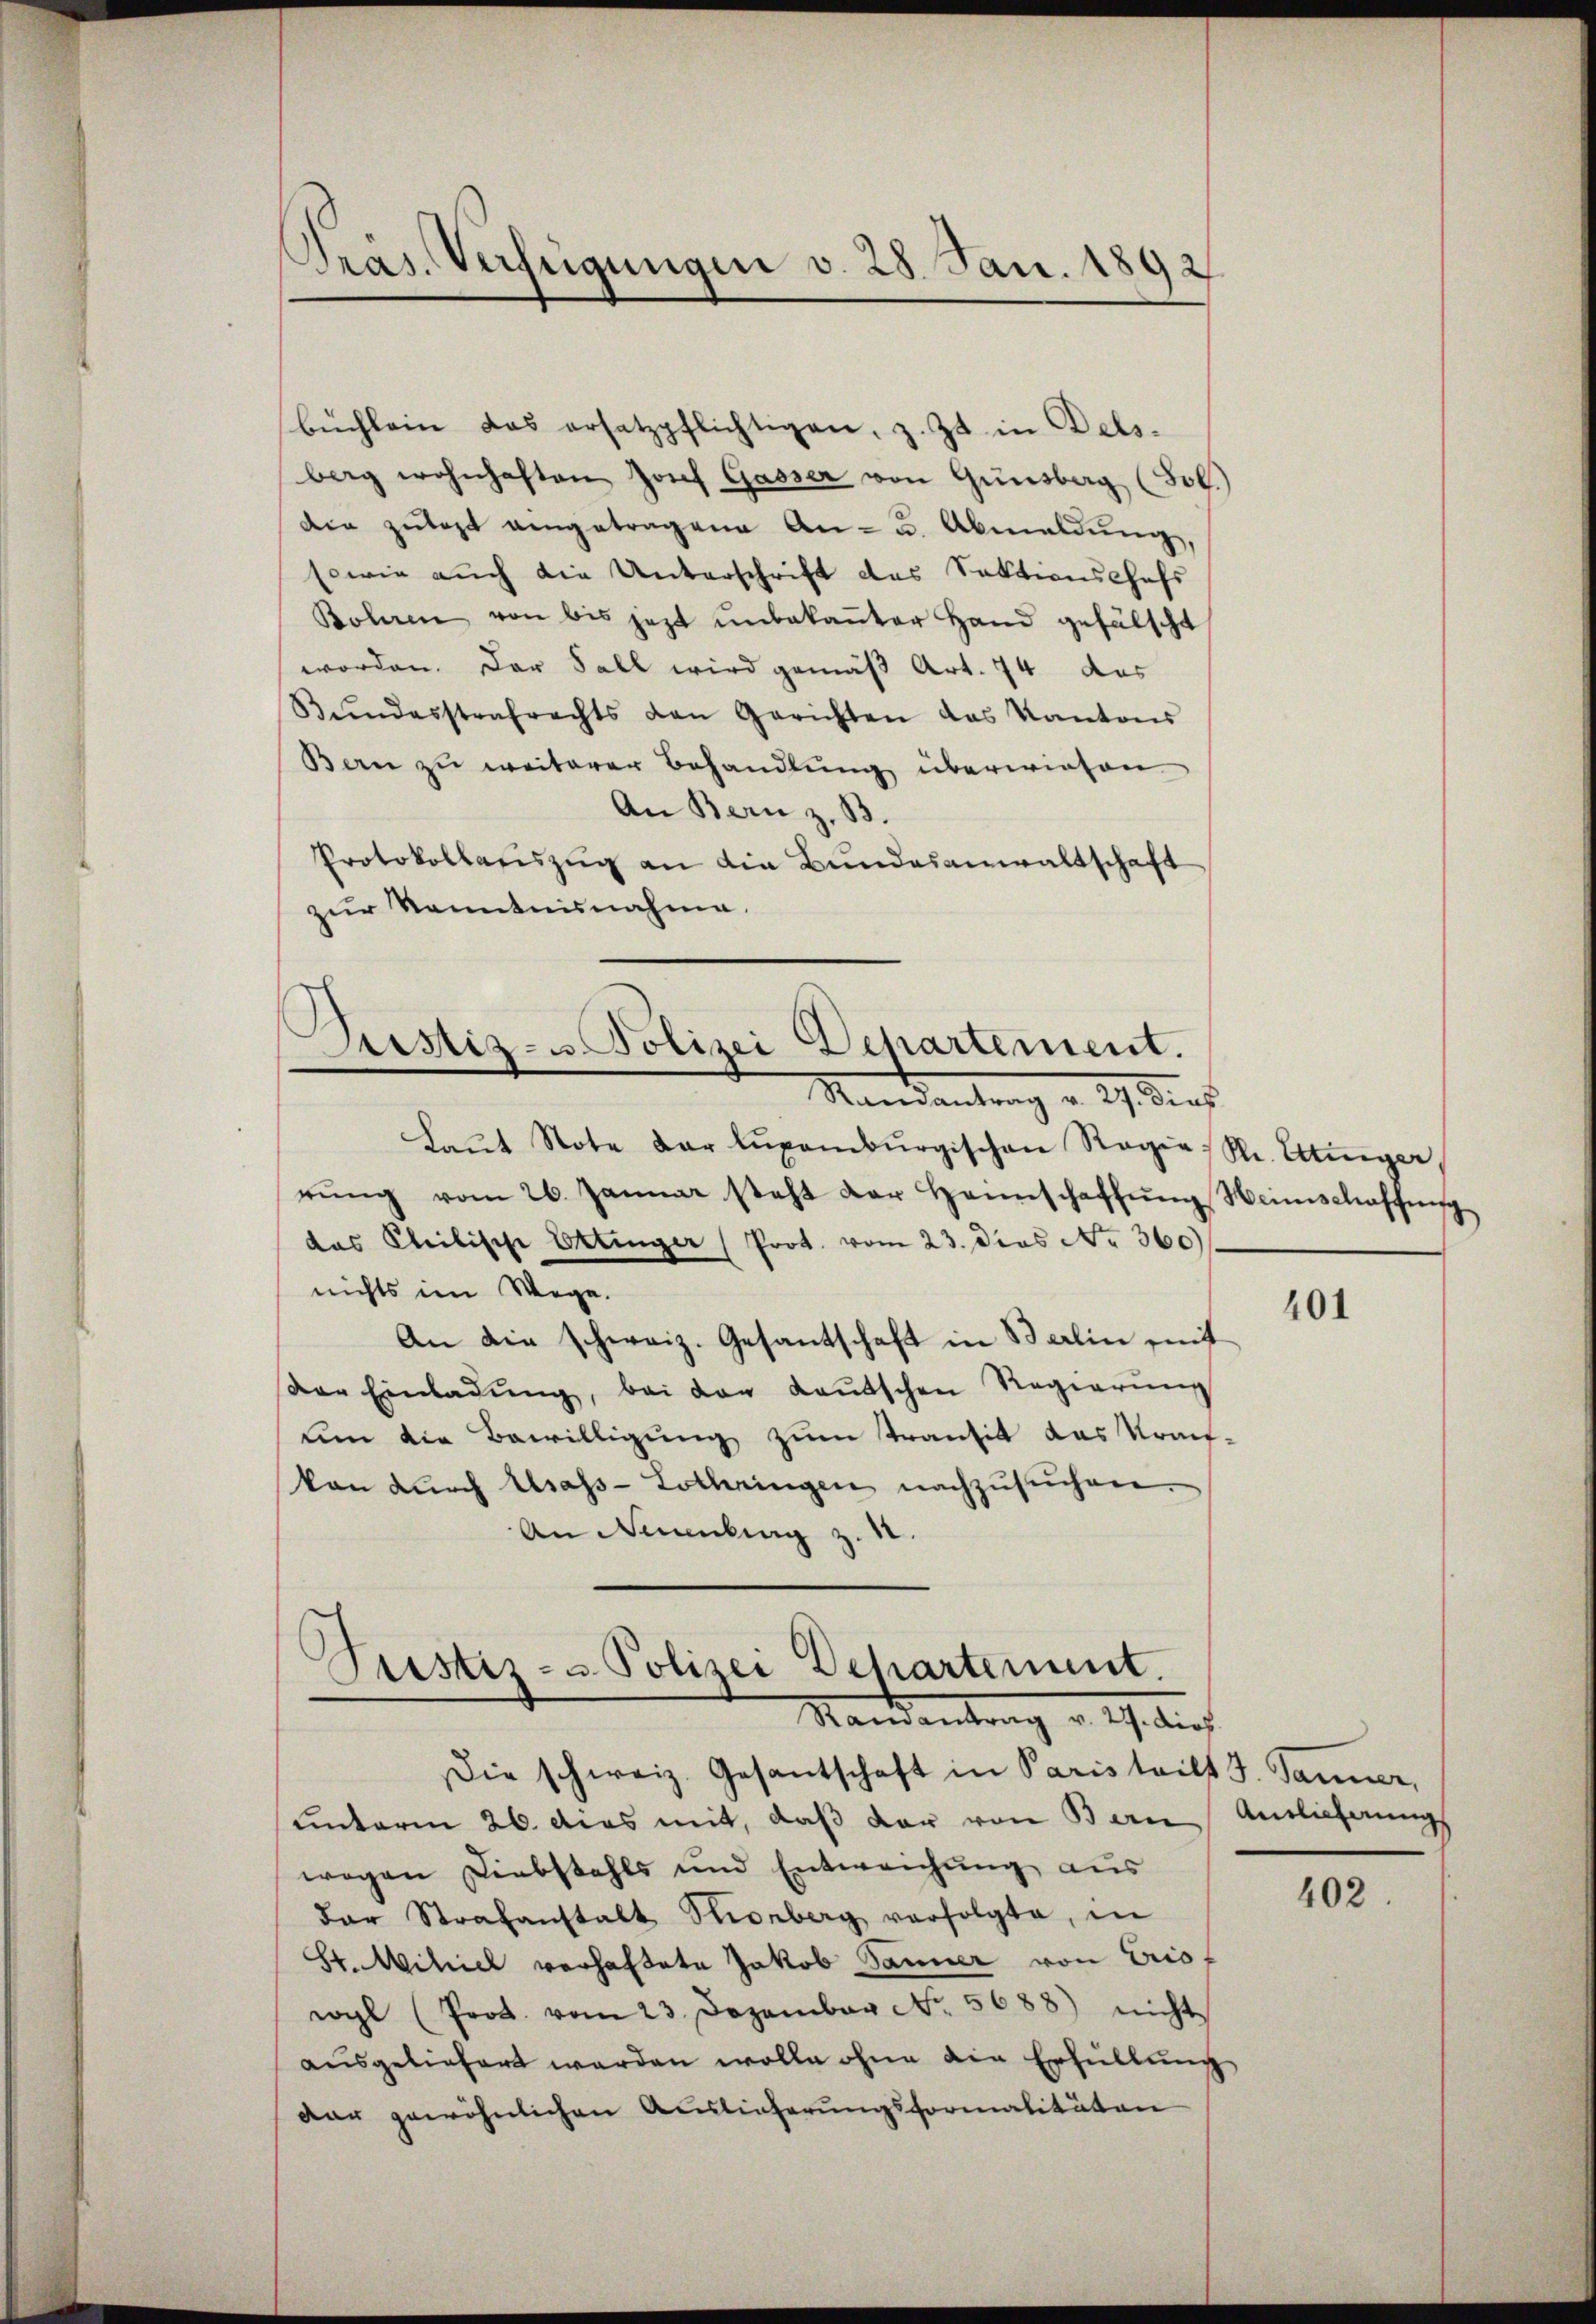
.
Pras. Verfügungen v. 28. Jan. 1892

buchlein das ersetzpflichtigen, z. Zt. in Dels.
berg wohnhaften Josef Gasser von Gunstag (Sol.)
den zŭlast eingetragene An- u. Abmeldŭng,
sowie auch die Unterschrift das Sektionschaft
Bohren von bis jezt unbekaṅter Hand gefälscht
worden. Der Fall wird gemäß Art. 74 des
Sŭndesstrafrechts den Gerichten das Kantons
Bern zu weiterer Behandlung überwiesen
An Bern z. B.
Protokollariszug an die Bundesanwaltschaft
zur Kenntnisnahme.

Justiz- u. Polizei Departement.
Mandantung u. ich dies

Laŭt Note der Lŭpamburgischen Regie Sr. Ettinger,
rŭng vom 26. Januar steht der Hannschaffŭng Heinschaffŭng
das Philische Ettinger (Prot. vom 23. dies No. 360)
nichts im Wege.
An die schweiz. Gesantschaft in Berlin mit
Der Einladŭng, bei der Kaŭtschen Regierŭng
um die Bewilligung zum Transit das Kraf-
kan durch Mass-Lothringen nachzusuchen
An Neubing z.

Justiz- u Polizei Dehartement
Mandantrag v. M. dich

Die schweiz. Gesantschaft in Paris teilt J. Janner,
unterm 26. das mit, daß der von Bern
wegen Diebstahls und Entweichung aus
der Strafanstalt Stirnberg verfolgte, in
St. Mihiel vorhaftete Jakob Jänner von Eriswyl (Prot. vom 23. Dezember No. 5688) nicht
aŭsgeliefert werden wolle ohne die Erfüllung
dar gewöhnlichen Auslieferungsformalitäten

401

Antlicherung

402